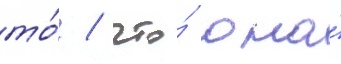
то́ / что́ она́